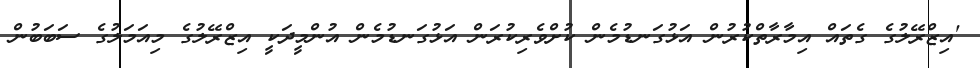
'އިޒްރޭލުގެ ގެތައް އިމާރާތްކުރުން އަޅުގަނޑުމެން ކުށްވެރިކުރަން އަޅުގަނޑުމެން އުންމީދަކީ އިޒްރޭލުގެ މިއަމަލުގެ ސަބަބުން